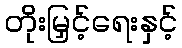
တိုးမြှင့်ရေးနှင့်